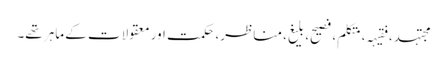
مجتہد، فقیہہ، متکلم، فصیح، بلیغ، مناظر، حکمت اور معقولات کے ماہر تھے۔